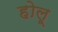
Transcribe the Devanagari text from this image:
होलू